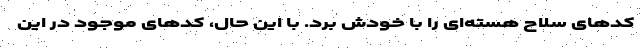
کدهای سلاح هسته‌ای را با خودش ‌برد. با این حال، کدهای موجود در این